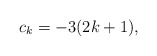
\begin{align*}c_k=-3(2k+1),\end{align*}